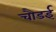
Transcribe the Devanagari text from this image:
चौडई